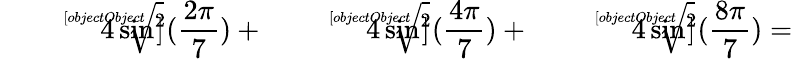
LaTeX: {\sqrt[[objectObject]]{4\sin^{2}({\frac{2\pi}{7}})}}+{\sqrt[[objectObject]]{4\sin^{2}({\frac{4\pi}{7}})}}+{\sqrt[[objectObject]]{4\sin^{2}({\frac{8\pi}{7}})}}=